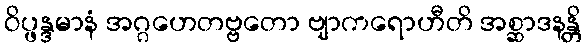
ဝိပ္ဖန္ဒမာနံ အဂ္ဂဟေတဗ္ဗတော ဗျာကရောဟီတိ အစ္ဆာဒနန္တိ